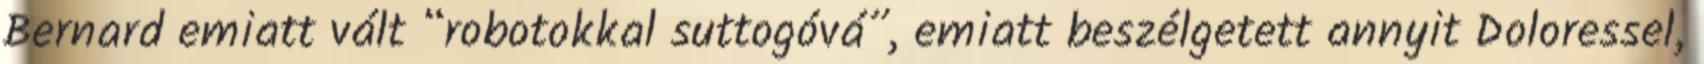
Bernard emiatt vált “robotokkal suttogóvá”, emiatt beszélgetett annyit Doloressel,